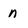
Character: n